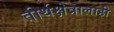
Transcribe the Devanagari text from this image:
तीर्थक्षेत्रालाही